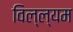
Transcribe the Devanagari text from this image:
विल्ल्यम